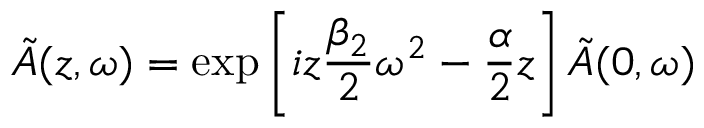
\Tilde { A } ( z , \omega ) = \exp \left[ i z \frac { \beta _ { 2 } } { 2 } \omega ^ { 2 } - \frac { \alpha } { 2 } z \right] \Tilde { A } ( 0 , \omega )